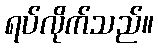
ရပ်လိုက်သည်။